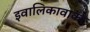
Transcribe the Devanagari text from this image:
इवालिकावाका